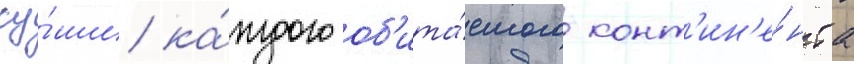
су́ши ка́ждого об'ита́емого конт'ин'е́нта